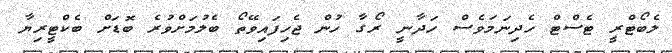
ލެބޯޓްރީ ޓެސްޓް ހެދިނަމަވެސް ހަދާނީ ރޯގާ ހުން ޖެހިފައިވޭތޯ ބެލުމަށްވުރެ ބޮޑަށް ބެކްޓީރިޔާ